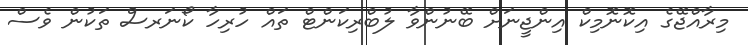
މިރާއްޖޭގެ އިކޮނޮމިކް އިންޖީނަށް ބޭނުންވާ ލުބްރިކަންޓް ތައް ހުރިހާ ކޯނަރސް ތަކުން ވެސް